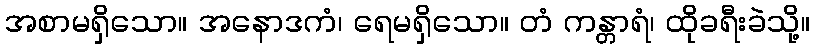
အစာမရှိသော။ အနောဒကံ၊ ရေမရှိသော။ တံ ကန္တာရံ၊ ထိုခရီးခဲသို့။